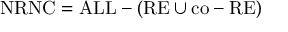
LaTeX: { \mathrm { N R N C } } = { \mathrm { A L L } } - ( { \mathrm { R E } } \cup { \mathrm { c o - R E } } )